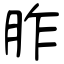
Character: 胙